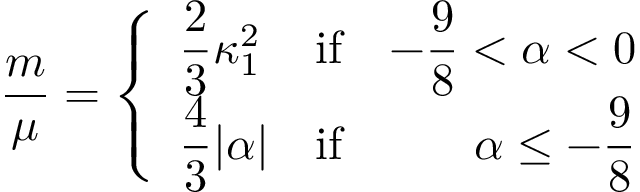
\frac { m } { \mu } = \left\{ \begin{array} { l c r } { { \displaystyle \frac { 2 } { 3 } \kappa _ { 1 } ^ { 2 } } } & { { \mathrm { i f } } } & { { \displaystyle - \frac { 9 } { 8 } < \alpha < 0 } } \\ { { \displaystyle \frac { 4 } { 3 } | \alpha | } } & { { \mathrm { i f } } } & { { \displaystyle \alpha \le - \frac { 9 } { 8 } } } \end{array} \right.